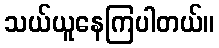
သယ်ယူနေကြပါတယ်။